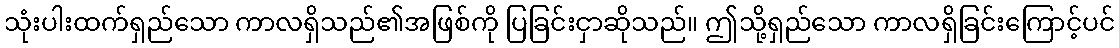
သုံးပါးထက်ရှည်သော ကာလရှိသည်၏အဖြစ်ကို ပြခြင်းငှာဆိုသည်။ ဤသို့ရှည်သော ကာလရှိခြင်းကြောင့်ပင်